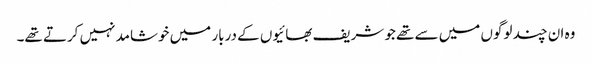
وہ ان چند لوگوں میں سے تھے جو شریف بھائیوں کے دربار میں خوشامد نہیں کرتے تھے۔